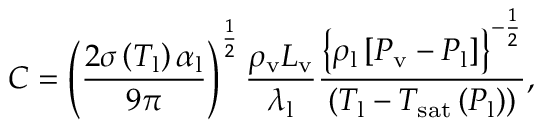
C = \left( \frac { 2 \sigma \left( T _ { \mathrm { l } } \right) \alpha _ { \mathrm { l } } } { 9 \pi } \right) ^ { \frac { 1 } { 2 } } \frac { \rho _ { \mathrm { v } } L _ { \mathrm { v } } } { \lambda _ { \mathrm { l } } } \frac { \left\{ \rho _ { \mathrm { l } } \left[ P _ { \mathrm { v } } - P _ { \mathrm { l } } \right] \right\} ^ { - \frac { 1 } { 2 } } } { \left( T _ { \mathrm { l } } - T _ { \mathrm { s a t } } \left( P _ { \mathrm { l } } \right) \right) } , \,